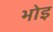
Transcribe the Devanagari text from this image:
भोइ